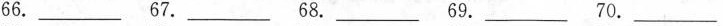
66.___ 67.___ 68.___ 69.___ 70.___